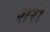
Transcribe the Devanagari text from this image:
शर्रा